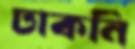
ঢাকনি